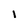
Character: i